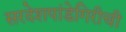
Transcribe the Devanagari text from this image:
सरदेशपांडेगिरीची